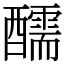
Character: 醹